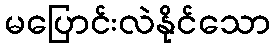
မပြောင်းလဲနိုင်သော